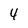
Character: 4